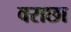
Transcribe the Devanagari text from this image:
वराछा